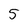
Character: 5